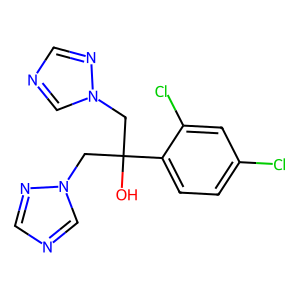
SMILES: OC(Cn1cncn1)(Cn1cncn1)c1ccc(Cl)cc1Cl
Inhibits HIV replication: No